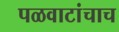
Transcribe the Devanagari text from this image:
पळवाटांचाच